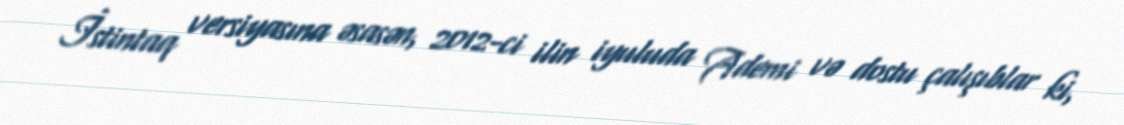
İstintaq versiyasına əsasən, 2012-ci ilin iyuluda Ademi və dostu çalışıblar ki,